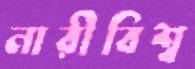
নারীবিশ্ব